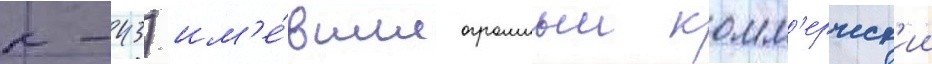
к-43) им'е́вшие огромныи комм'ерческ'ии